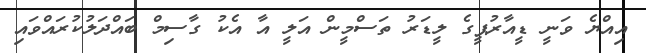
އިއްޔެ ވަނީ ޑީއާރުޕީގެ ލީޑަރު ތަސްމީން އަލީ އާ އެކު ގާސިމް ބައްދަލުކުރައްވައި